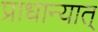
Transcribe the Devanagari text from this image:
प्राधान्यात्